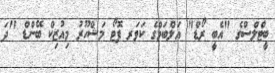
ބީޓްލްސްގެ "އެބީ ރޯޑް" އަލްބަމްގެ ކަވަރ ފޮޓޯ މަޝްހޫރު މިއުޒިކް ބޭންޑް "ދަ